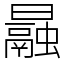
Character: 曧